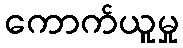
ကောက်ယူမှု